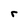
Character: r